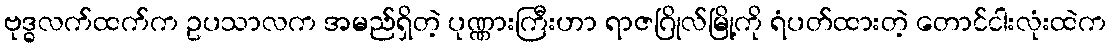
ဗုဒ္ဓလက်ထက်က ဥပသာလက အမည်ရှိတဲ့ ပုဏ္ဏားကြီးဟာ ရာဇဂြိုလ်မြို့ကို ရံပတ်ထားတဲ့ တောင်ငါးလုံးထဲက